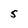
Character: 5